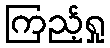
ကြည့်ရှု